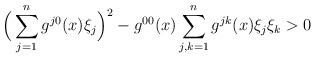
LaTeX: \begin{align*} \Big(\sum_{j=1}^n g^{j0}(x)\xi_j\Big)^2-g^{00}(x)\sum_{j,k=1}^ng^{jk}(x)\xi_j\xi_k>0\end{align*}